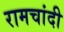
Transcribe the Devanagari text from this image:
रामचांदी